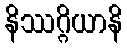
နိဿဂ္ဂိယာနိ